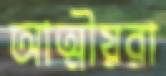
আত্মীয়রা